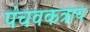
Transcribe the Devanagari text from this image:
पंचवकत्राय